Civil Veterinary Department Bihar & Orissa reports 1911-21 - 1911-1921
Year: 1911
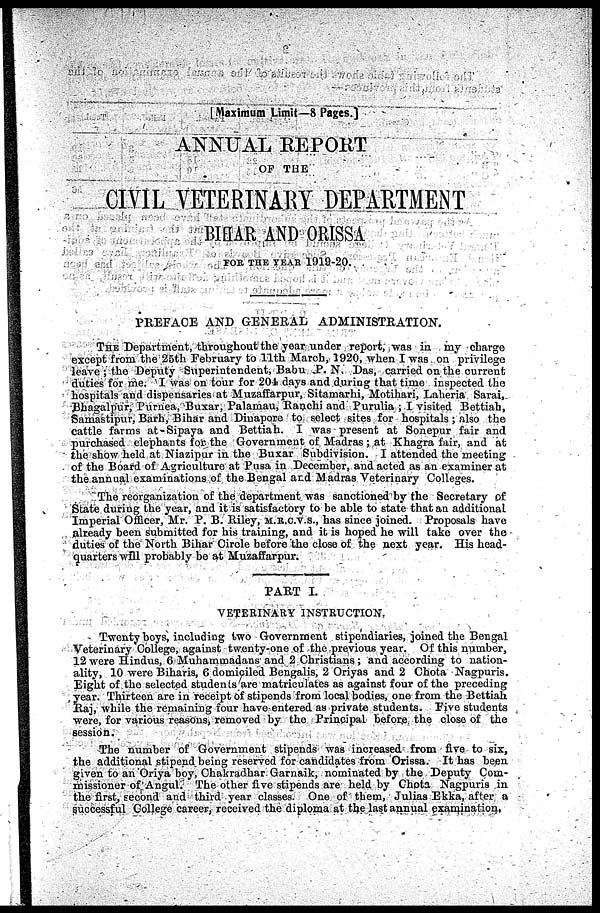
[Maximum Limit—8 Pages.]
ANNUAL REPORT
OF THE
CIVIL VETERINARY DEPARTMENT
BIHAR AND ORISSA
FOR THE YEAR 1919-20.
PREFACE AND GENERAL ADMINISTRATION.
THE Department, throughout the year under report, was in my charge
except from the 25th February to 11th March, 1920, when I was on privilege
leave ; the Deputy Superintendent, Babu P. N. Das, carried on the current
duties for me. I was on tour for 204 days and during that time inspected the
hospitals and dispensaries at Muzaffarpur, Sitamarhi, Motihari, Laheria Sarai,
Bhagalpur, Purnea, Buxar, Palamau, Ranchi and Purulia ; I visited Bettiah,
Samastipur, Barh, Bihar and Dinapore to select sites for hospitals; also the
cattle farms at Sipaya and Bettiah. I was present at Sonepur fair and
purchased elephants for the Government of Madras; at Khagra fair, and at
the show held at Niazipur in the Buxar Subdivision. I attended the meeting
of the Board of Agriculture at Pusa in December, and acted as an examiner at
the annual examinations of the Bengal and Madras Veterinary Colleges.
The reorganization of the department was sanctioned by the Secretary of
State during the year, and it is satisfactory to be able to state that an additional
Imperial Officer, Mr. P. B. Riley, M.R.C.V.S., has since joined. Proposals have
already been submitted for his training, and it is hoped he will take over the
duties of the North Bihar Circle before the close of the next year. His head-
quarters will probably be at Muzaffarpur.
PART I.
VETERINARY INSTRUCTION.
Twenty boys, including two Government stipendiaries, joined the Bengal
Veterinary College, against twenty-one of the previous year. Of this number,
12 were Hindus, 6 Muhammadans and 2 Christians ; and according to nation-
ality, 10 were Biharis, 6 domiciled Bengalis, 2 Oriyas and 2 Chota Nagpuris.
Eight of the selected students are matriculates as against four of the preceding
year. Thirteen are in receipt of stipends from local bodies, one from the Bettiah
Raj, while the remaining four have entered as private students. Five students
were, for various reasons, removed by the Principal before the close of the
session.
The number of Government stipends was increased from five to six ,
the additional stipend being reserved for candidates from Orissa. It has been
given to an Oriya boy, Chakradhar Garnaik, nominated by the Deputy Com-
missioner of Angul. The other five stipends are held by Chota Nagpuris in
the first, second and third year classes. One of them, Julias Ekka, after a
successful College career, received the diploma at the last annual examination.